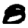
Digit: 8